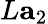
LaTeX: L{\mathbf a}_{2}